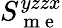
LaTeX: S_{\mathrm{~m~e~}}^{yzzx}